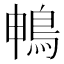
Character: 𮬱